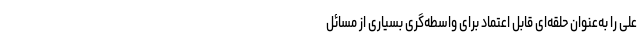
علی را به‌عنوان حلقه‌ای قابل اعتماد برای واسطه‌گری بسیاری از مسائل